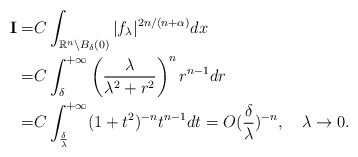
\begin{align*} \textbf{I}=&C\int_{\mathbb{R}^n\backslash B_\delta(0)}|f_\lambda|^{2n/(n+\alpha)}dx\\ =&C\int_\delta^{+\infty}\left(\frac\lambda{\lambda^2+r^2}\right)^n r^{n-1}dr\\ =&C\int_{\frac\delta\lambda}^{+\infty}(1+t^2)^{-n}t^{n-1}dt=O(\frac\delta\lambda)^{-n},\quad\lambda\rightarrow 0.\end{align*}